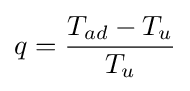
q={\frac {T_{ad}-T_{u}}{T_{u}}}